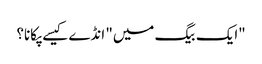
"ایک بیگ میں" انڈے کیسے پکانا؟